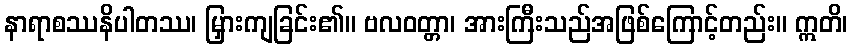
နာရာစဿနိပါတဿ၊ မြှားကျခြင်း၏။ ဗလဝတ္တာ၊ အားကြီးသည်အဖြစ်ကြောင့်တည်း။ ဣတိ၊